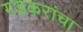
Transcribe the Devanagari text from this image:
गडकरांचा